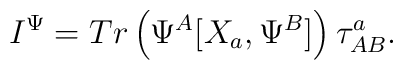
I^{\Psi} = Tr \left (  \Psi^A  [X_a , \Psi^B ]   \right ) \tau^{a}_{AB}.